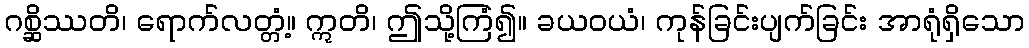
ဂစ္ဆိဿတိ၊ ရောက်လတ္တံ့။ ဣတိ၊ ဤသို့ကြံ၍။ ခယဝယံ၊ ကုန်ခြင်းပျက်ခြင်း အာရုံရှိသော